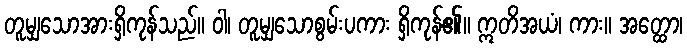
တူမျှသောအားရှိကုန်သည်။ ဝါ၊ တူမျှသောစွမ်းပကား ရှိကုန်၏။ ဣတိအယံ၊ ကား။ အတ္ထော၊